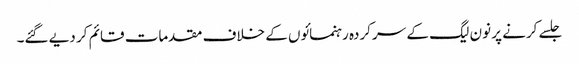
جلسے کرنے پر نون لیگ کے سرکردہ رہنمائوں کے خلاف مقدمات قائم کر دیے گئے۔